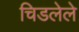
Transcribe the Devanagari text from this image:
चिडलेले